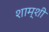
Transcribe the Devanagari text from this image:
शाम्शी